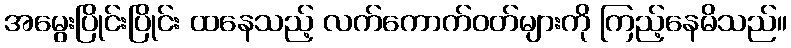
အမွေးပြိုင်းပြိုင်း ထနေသည့် လက်ကောက်ဝတ်များကို ကြည့်နေမိသည်။